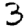
Digit: 3